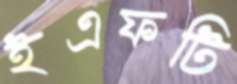
ইএফটি